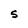
Character: S